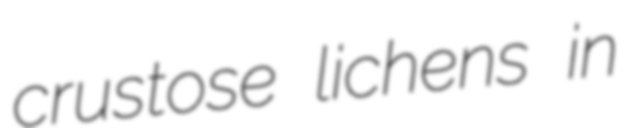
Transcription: crustose lichens in